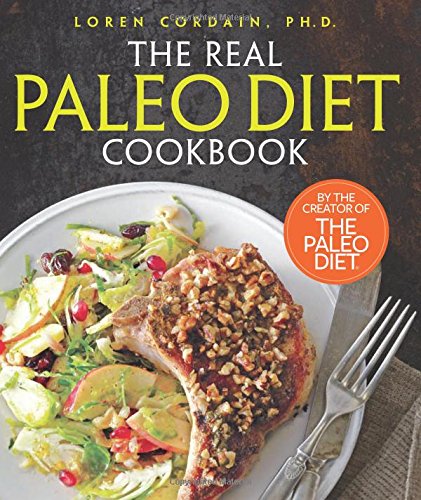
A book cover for The Real Paleo Diet Cookbook: 250 All-New Recipes from the Paleo Expert; Loren Cordain PH.D.; Cookbooks, Food & Wine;